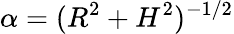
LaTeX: \alpha=(R^{2}+H^{2})^{-1/2}